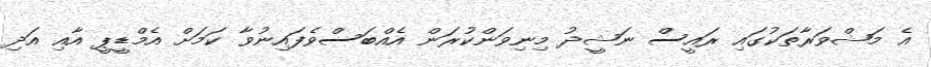
އެ މަޝްވަރާތަކުގައި ރައީސް ނަޝީދު މިނިވަންކުރަން އެއްބަސްވެފައިނުވާ ކަމަށް އެމްޑީޕީ އާއި އަދި